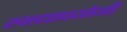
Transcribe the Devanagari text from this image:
खाद्यापयोगी